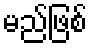
မည်ဖြစ်